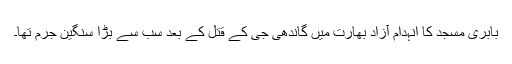
بابری مسجد کا انہدام آزاد بھارت میں گاندھی جی کے قتل کے بعد سب سے بڑا سنگین جرم تھا۔